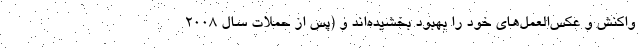
واکنش و عکس‌العمل‌های خود را بهبود بخشیده‌اند و (پس از حملات سال 2008